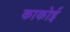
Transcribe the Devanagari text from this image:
काकोई